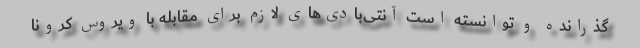
گذرانده و توانسته است آنتی‌بادی‌های لازم برای مقابله با ویروس کرونا